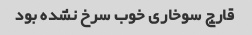
قارچ سوخاری خوب سرخ نشده بود